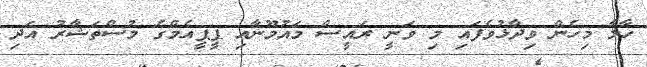
ހާލާ މިހެން ވިދާޅުވެފައި މި ވަނީ ރައީސް މައުމޫނާއި ޕީޕީއެމްގެ މުސްތަޝާރު އަދި